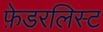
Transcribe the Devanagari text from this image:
फ़ेडरलिस्ट